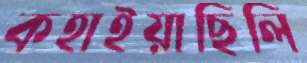
কহাইয়াছিলি